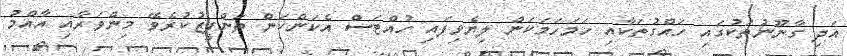
އަދި ގާނޫނުތަކުގައި ހައްގުތަކާއި ހަމަހަމަކަން ލިޔެވިފައި ހުއްޓަސް އެކަންކަން ތަންފީޒުކުރެވޭ މިންވަރާއި އާއްމު